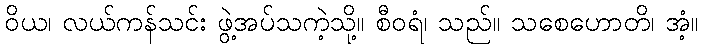
ဝိယ၊ လယ်ကန်သင်း ဖွဲ့အပ်သကဲ့သို့။ စီဝရံ၊ သည်။ သစေဟောတိ၊ အံ့။